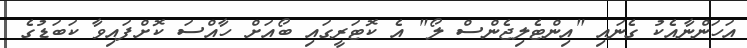
އަހަންނާއެކު ގެނައި "އިންޓެލިޖެންސް ލޯ" އެ ކޮޓަރީގައި ބޯއަށް ހާއްސަ ކޮށްފައިވާ ކަބަޑުގެ